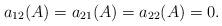
LaTeX: \begin{align*}a_{12}(A)=a_{21}(A)=a_{22}(A)=0. \end{align*}